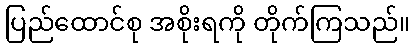
ပြည်ထောင်စု အစိုးရကို တိုက်ကြသည်။